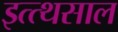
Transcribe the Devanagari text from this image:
इत्त्थसाल